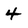
Character: 4